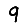
Digit: 9